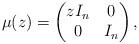
LaTeX: \begin{align*}\mu(z) = \begin{pmatrix} zI_n & 0 \\ 0 & I_n \end{pmatrix},\end{align*}